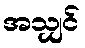
အသျှင်